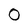
Character: 0